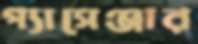
প্যাসেঞ্জার